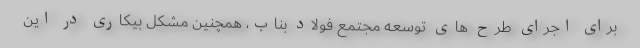
برای اجرای طرح های توسعه مجتمع فولاد بناب، همچنین مشکل بیکاری در این